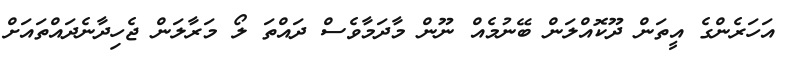
އަހަރެންގެ އީތަން ދޫކޮއްލަން ބޭނުމެއް ނޫން މާދަމާވެސް ދައްތަ ލޯ މަރާލަން ޖެހިދާނެދައްތައަށް